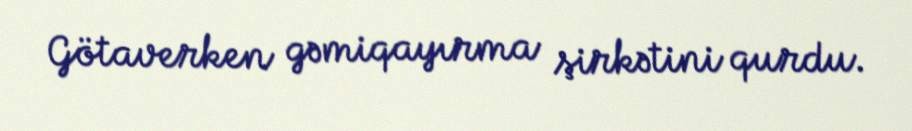
Götaverken gəmiqayırma şirkətini qurdu.